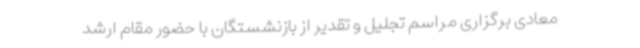
معادی برگزاری مراسم تجلیل و تقدیر از بازنشستگان با حضور مقام ارشد